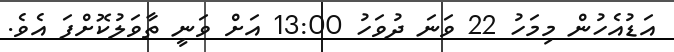
އަޑުއެހުން މިމަހު 22 ވަނަ ދުވަހު 13:00 އަށް ވަނީ ތާވަލުކޮށްފަ އެވެ.